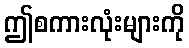
ဤစကားလုံးများကို